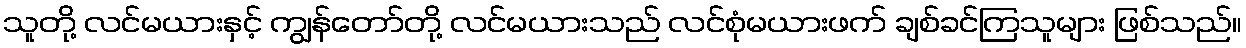
သူတို့ လင်မယားနှင့် ကျွန်တော်တို့ လင်မယားသည် လင်စုံမယားဖက် ချစ်ခင်ကြသူများ ဖြစ်သည်။